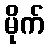
မိုက်